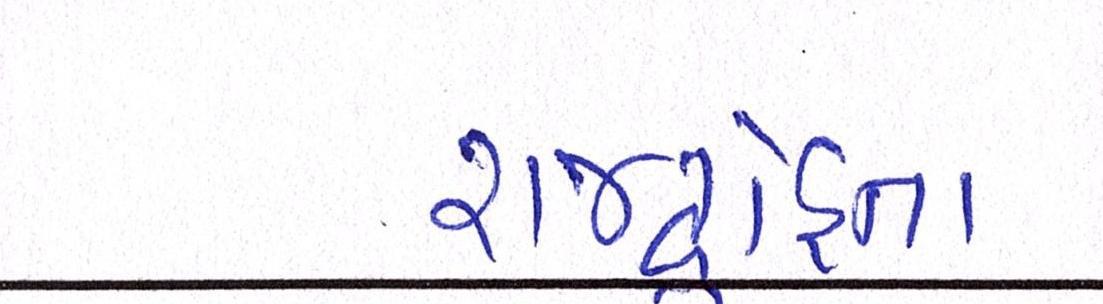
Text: રાજદ્રોહના